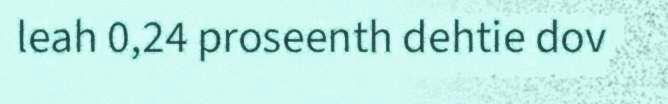
leah 0,24 proseenth dehtie dov